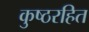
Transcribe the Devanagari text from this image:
कुष्ठरहित